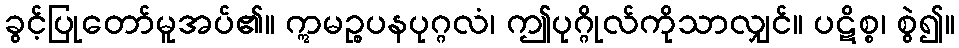
ခွင့်ပြုတော်မူအပ်၏။ ဣမဉ္စပနပုဂ္ဂလံ၊ ဤပုဂ္ဂိုလ်ကိုသာလျှင်။ ပဋိစ္စ၊ စွဲ၍။